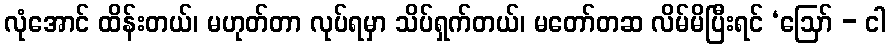
လုံအောင် ထိန်းတယ်၊ မဟုတ်တာ လုပ်ရမှာ သိပ်ရှက်တယ်၊ မတော်တဆ လိမ်မိပြီးရင် ‘ဩော် - ငါ